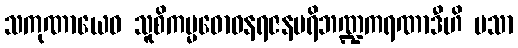
သကုဏာယေဝ သူစိကမ္မဓောဝနရဇနပရိဘဏ္ဍကရဏာဒီဟိ မသာ